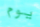
يوم